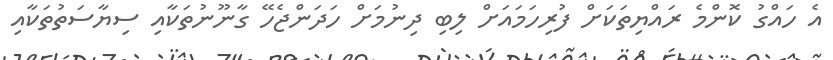
އެ ހައްގު ކޮންމެ ރައްޔިތަކަށް ފުރިހަމައަށް ލިބި ދިނުމަށް ހަދަންޖެހޭ ގާނޫނުތަކާއި ސިޔާސަތުތަކާއި